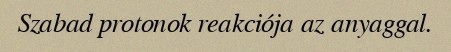
Szabad protonok reakciója az anyaggal.